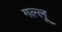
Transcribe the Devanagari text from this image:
गल्लू